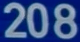
208